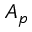
A _ { p }